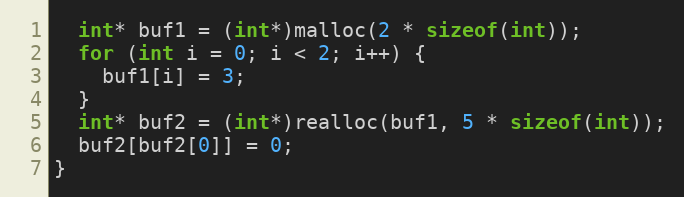
Language: C++
  int* buf1 = (int*)malloc(2 * sizeof(int));
  for (int i = 0; i < 2; i++) {
    buf1[i] = 3;
  }
  int* buf2 = (int*)realloc(buf1, 5 * sizeof(int));
  buf2[buf2[0]] = 0;
}